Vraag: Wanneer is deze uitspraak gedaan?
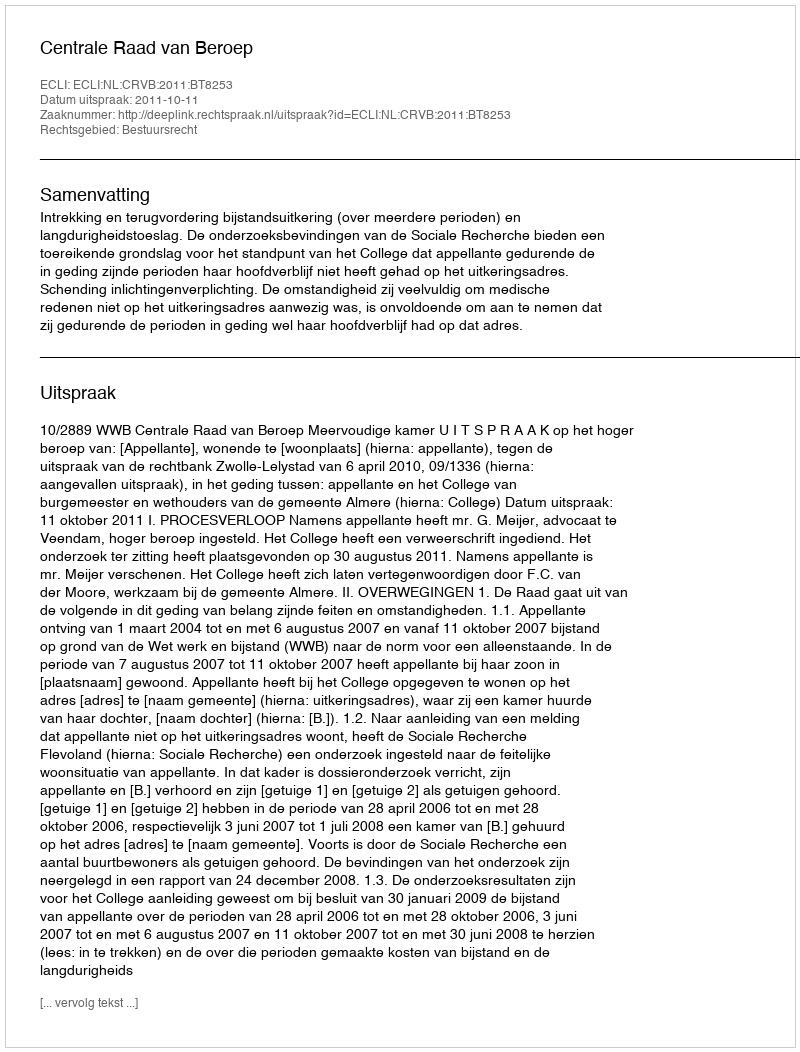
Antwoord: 2011-10-11